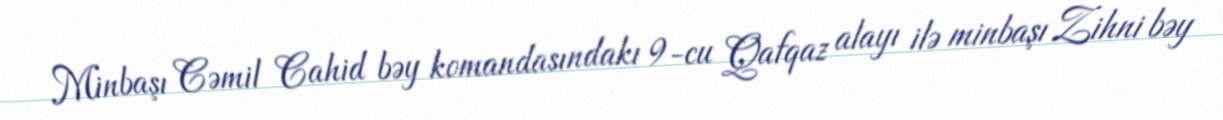
Minbaşı Cəmil Cahid bəy komandasındakı 9-cu Qafqaz alayı ilə minbaşı Zihni bəy